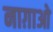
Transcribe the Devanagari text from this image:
नाग़ाओ